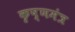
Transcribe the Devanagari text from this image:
कृष्णमंत्र